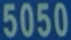
5050